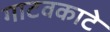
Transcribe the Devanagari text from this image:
गाटवकाटे